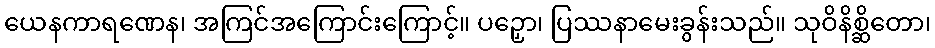
ယေနကာရဏေန၊ အကြင်အကြောင်းကြောင့်။ ပဉှော၊ ပြဿနာမေးခွန်းသည်။ သုဝိနိစ္ဆိတော၊